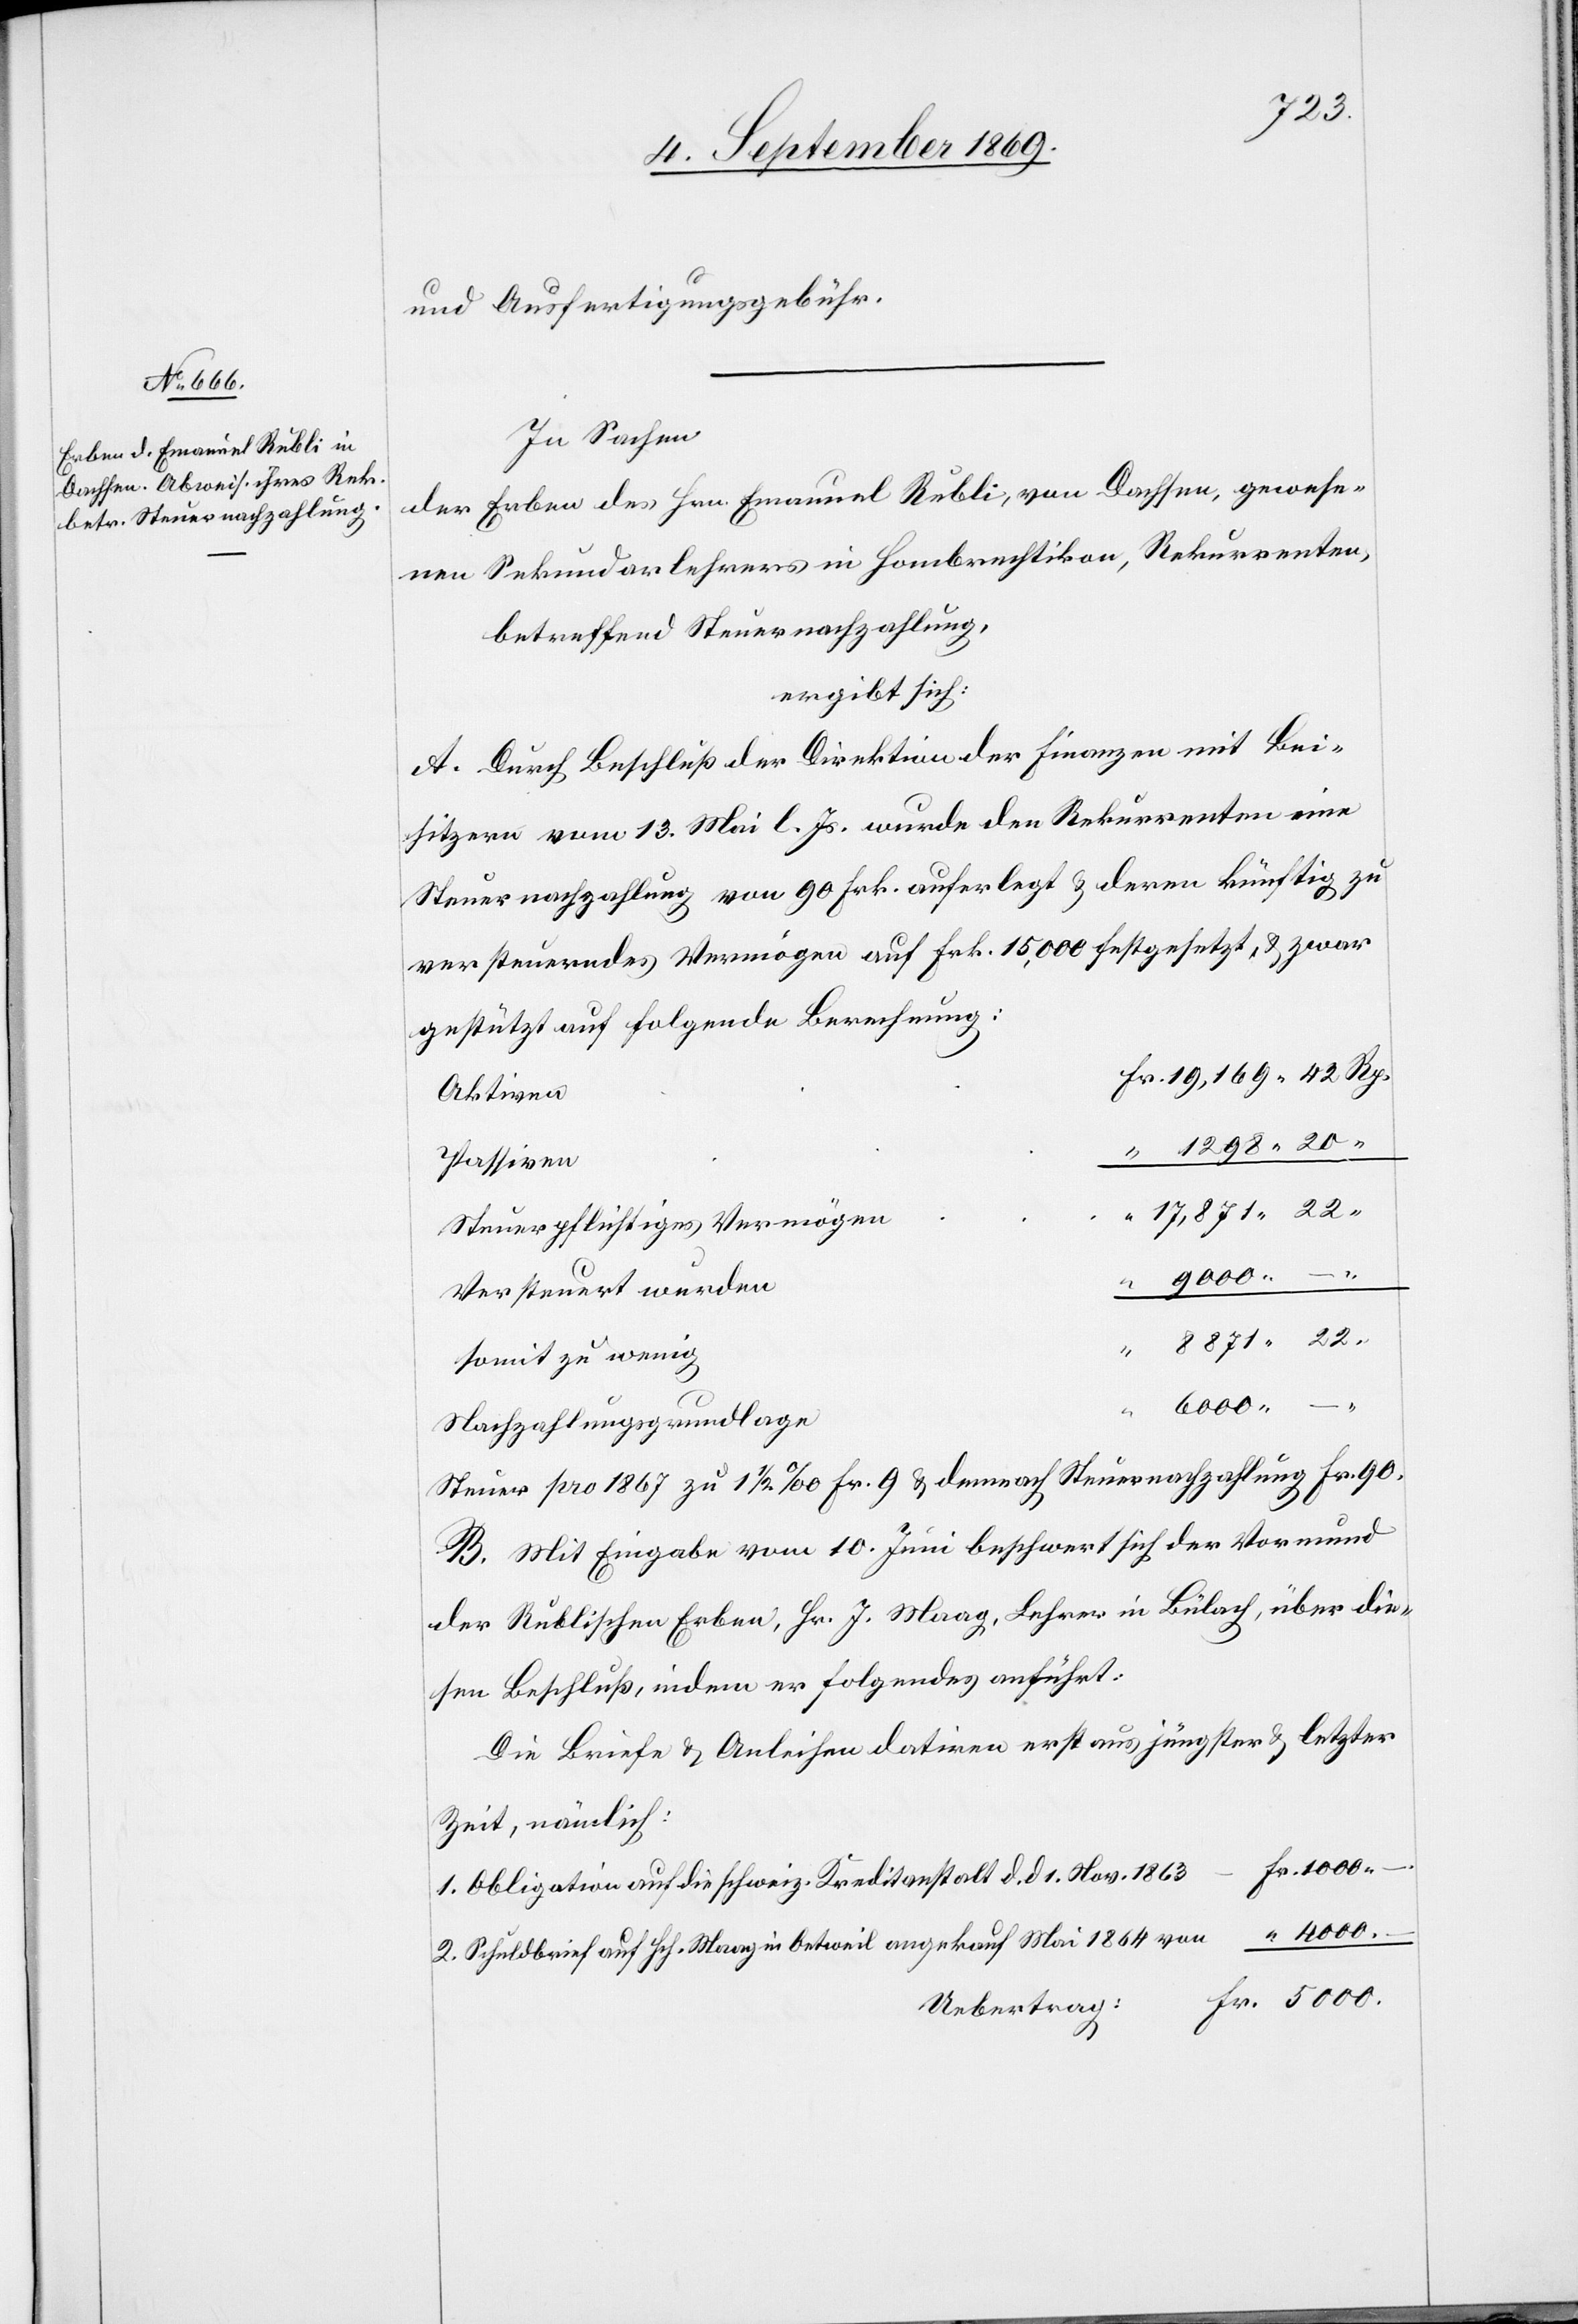
und Ausfertigungsgebühr.
In Sachen
der Erben des Hrn. Emanuel Rubli, von Dachsen, gewese¬
nen Sekundarlehrers in Hombrechtikon, Rekurrenten,
betreffend Steuernachzahlung,
ergibt sich:
A. Durch Beschluß der Direktion der Finanzen mit Bei¬
sitzern vom 13. Mai l. Js. wurde den Rekurrenten eine
Steuernachzahlung von 90 Frk. auferlegt & deren künftig zu
versteuerndes Vermögen auf Frk. 15,000 festgesetzt, & zwar
gestützt auf folgende Berechnung:
Aktiven
1298 20
Passiven
8871 22
Steuerpflichtiges Vermögen
“
9000 –
Versteuert wurden
Fr.
somit zu wenig
4000 –
2.
Nachzahlungsgrundlage
Steuer pro 1867 zu 1 1/2‰ Fr. 9 & demnach Steuernachzahlung Fr. 90.
B. Mit Eingabe vom 10. Juni beschwert sich der Vormund
der Rublischen Erben, Hr. J. Maag, Lehrer in Bülach, über die¬
sen Beschluß, indem er folgendes anführt:
Die Briefe & Anleihen datiren erst aus jüngster & letzter
Zeit, nämlich:
Obligation auf die schweiz. Kreditanstalt d. d. 1. Nov. 1863
Schuldbrief auf Hch. Maag in Oetweil angekauf [sic!] Mai 1864 von